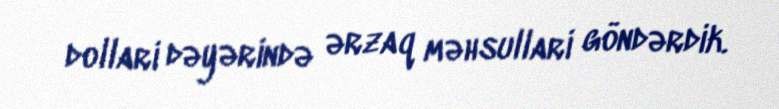
dollari dəyərində ərzaq məhsullari göndərdik.